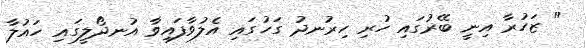
" ޒަހުރާ އިނީ ބޭރުގައި ހުރި ހިރުނދު ގަހުގައި އެލުވާފައިވާ އުނދޯލީގައި ހައުލާ